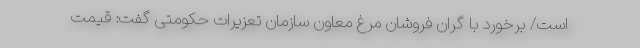
است/ برخورد با گران فروشان مرغ معاون سازمان تعزیرات حکومتی گفت: قیمت